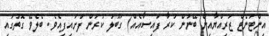
އިންޓަނެޓް ޒަރިއްޔާއިން ބޭނުން ކުރާ ފައިސާއެއް) ގަބޫލު ކުރަން ފަށައިފިއެވެ. ބެލެވޭ ގޮތުގައި